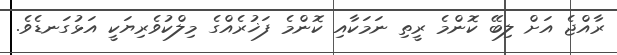
ރާއްޖެ އަށް ލިބޭ ކޮންމެ ރީތި ނަމަކާއި ކޮންމެ ފަޚުރެއްގެ މިލްކުވެރިޔަކީ އަޅުގަނޑެވެ.